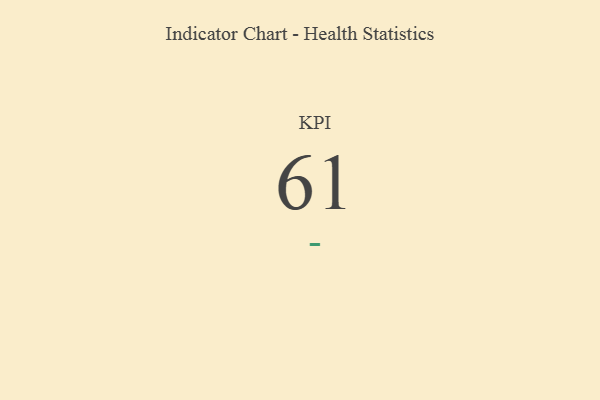
{"axis": {"x": "KPI", "y": "Value"}, "legend": [""], "data": [{"x": "KPI", "y": 61, "type": ""}]}